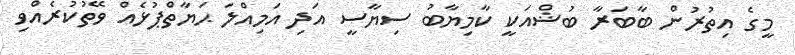
މީގެ އިތުރުން ބާބަރާ ބުޝްއަކީ ކާމިޔާބު ސިޔާސީ އަދި އަމިއްލަ ޙަޔާތްޕުޅެއް ވޭތުކުރެއްވި